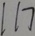
1 1 7